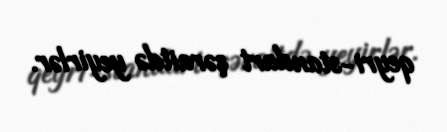
qeyri-standart şəraitdə yeyirlər.